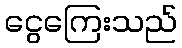
ငွေကြေးသည်